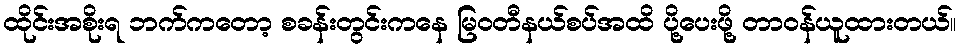
ထိုင်းအစိုးရ ဘက်ကတော့ စခန်းတွင်းကနေ မြဝတီနယ်စပ်အထိ ပို့ပေးဖို့ တာဝန်ယူထားတယ်။